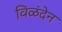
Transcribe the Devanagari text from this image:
विळंदेन